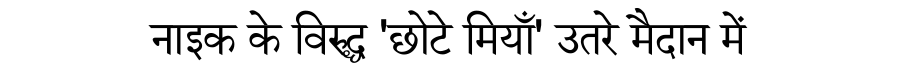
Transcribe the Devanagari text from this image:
नाइक के विरुद्ध 'छोटे मियाँ' उतरे मैदान में